Vaccination in Bombay 1874-1876 - 1874-1876
Year: 1874
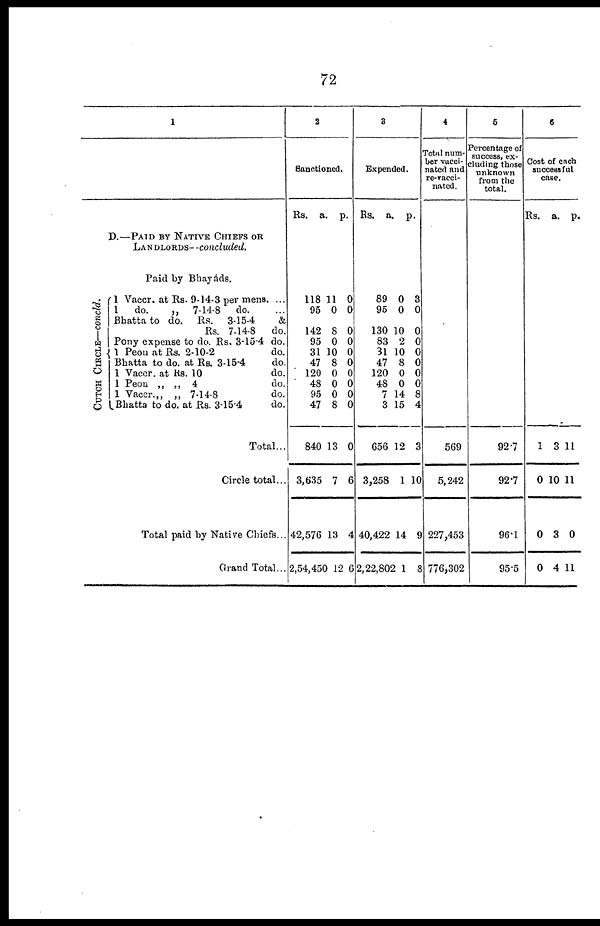
72
1
D.—PAID BY NATIVE CHIEFS OR
LANDLORDS—concluded.
Paid by Bhayáds.
CUTCH CIRCLE—concld.
1 Vaccr. at Rs. 9-14-3 per mens. ...
1
do.
„
7-14-8
do.
Bhatta to do. Rs. 3-15-4
&
Rs. 7-14-8
do.
Pony expense to do. Rs. 3-15-4 do.
1 Peon at Rs. 2-10-2
do.
Bhatta to do. at Rs. 3-15-4
do.
1 Vaccr. at Rs. 10
do.
1 Peon „ „ 4
do.
1 Vaccr.„ „ 7-14-8
do.
Bhatta to do. at Rs. 3-15-4
do.
Total...
Circle total...
Total paid by Native Chiefs...
Grand Total...
2
Sanctioned.
Rs.
118
95
142
95
31
47
120
48
95
47
840
3,635
42,576
2,54,450
a.
11
0
8
0
10
8
0
0
0
8
13
7
13
12
p.
0
0
0
0
0
0
0
0
0
0
0
6
4
6
3
Expended.
Rs.
89
95
130
83
31
47
120
48
7
3
656
3,258
40,422
2,22,802
a
0
0
10
2
10
8
0
0
14
15
12
1
14
1
p.
3
0
0
0
0
0
0
0
8
4
3
10
9
8
4
Total num-
ber vacci-
nated and
re-vacci-
nated.
569
5,242
227,453
776,302
5
Percentage of
success, ex-
cluding those
unknown
from the
total.
92.7
92.7
96.1
95.5
6
Cost of each
successful
case.
Rs.
1
0
0
0
a.
3
10
3
4
p.
11
11
0
11